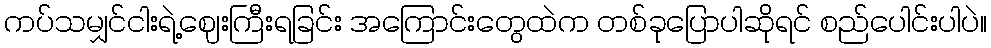
ကပ်သမျှင်ငါးရဲ့ဈေးကြီးရခြင်း အကြောင်းတွေထဲက တစ်ခုပြောပါဆိုရင် စည်ပေါင်းပါပဲ။